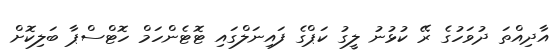
އާދިއްތަ ދުވަހުގެ ރޭ ކުޅުނު ލީގު ކަޕްގެ ފައިނަލްގައި ޓޮޓެންހަމް ހޮޓްސްޕާ ބަލިކޮށް